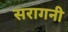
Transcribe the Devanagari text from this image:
सरागनी